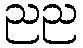
ညည